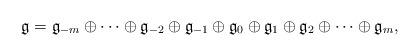
LaTeX: \begin{align*}\mathfrak{g} = \mathfrak{g}_{-m} \oplus \cdots \oplus \mathfrak{g}_{-2} \oplus \mathfrak{g}_{-1} \oplus \mathfrak{g}_{0} \oplus \mathfrak{g}_{1} \oplus \mathfrak{g}_{2} \oplus \cdots \oplus \mathfrak{g}_{m},\end{align*}